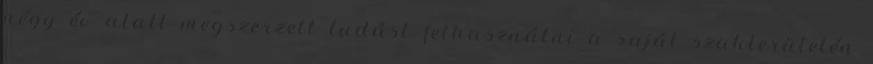
négy év alatt megszerzett tudást felhasználni a saját szakterületén